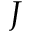
J